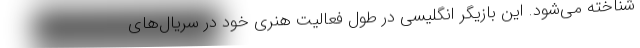
شناخته می‌شود. این بازیگر انگلیسی در طول فعالیت هنری خود در سریال‌های